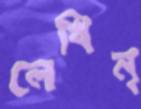
লেখিন্